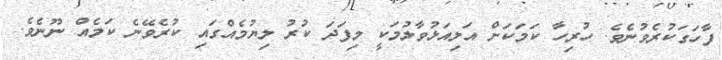
ފާހަގަކުރެވުނެވެ. ހުރިހާ ކަމަކަށް އަލިއަޅުވާލުމަކީ މިފަދަ ކުރު ލިޔުމެއްގައި ކުރެވޭނެ ކަމެއް ނޫނެވެ.